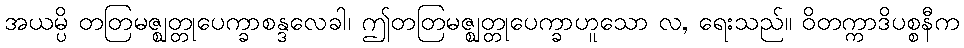
အယမ္ပိ တတြမဇ္ဈတ္တုပေက္ခာစန္ဒလေခါ၊ ဤတတြမဇ္ဈတ္တုပေက္ခာဟူသော လ, ရေးသည်။ ဝိတက္ကာဒိပစ္စနီက